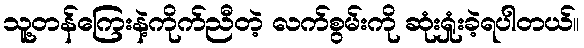
သူ့တန်ကြေးနဲ့ကိုက်ညီတဲ့ လက်စွမ်းကို ဆုံးရှုံးခဲ့ရပါတယ်။